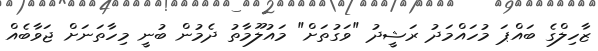
ޒާހިލްގެ ބައްޕަ މުހައްމަދު ރަޝީދު "ވަގުތަށް" މައުލޫމާތު ދެމުން ބުނީ މިހާތަނަށް ޖަވާބެއް